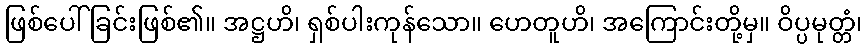
ဖြစ်ပေါ်ခြင်းဖြစ်၏။ အဋ္ဌဟိ၊ ရှစ်ပါးကုန်သော။ ဟေတူဟိ၊ အကြောင်းတို့မှ။ ဝိပ္ပမုတ္တံ၊